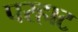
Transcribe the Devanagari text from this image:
परहाट